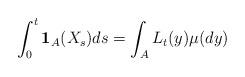
LaTeX: \begin{align*}\int_0^t \mathbf{1}_A(X_s)ds = \int_AL_t(y)\mu(dy)\end{align*}